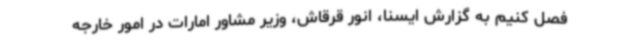
فصل کنیم به گزارش ایسنا، انور قرقاش، وزیر مشاور امارات در امور خارجه